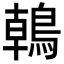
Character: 𪂂